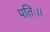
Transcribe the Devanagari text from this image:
पतिः।।